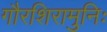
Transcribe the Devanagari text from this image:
गौरशिरामुनिः